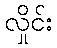
လှိုင်း